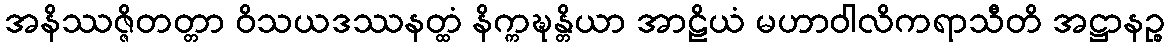
အနိဿဇ္ဇိတတ္တာ ဝိသယဒဿနတ္ထံ နိက္ကဍ္ဎန္တိယာ အာဠိယံ မဟာဝါလိကရာသီတိ အဋ္ဌာနဉ္စ